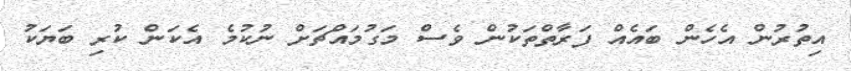
އިތުރުން އެހެން ބައެއް ފަރާތްތަކުން ވެސް މަގުމައްޗަށް ނުކުމެ އެކަން ކުރި ބަޔަކު